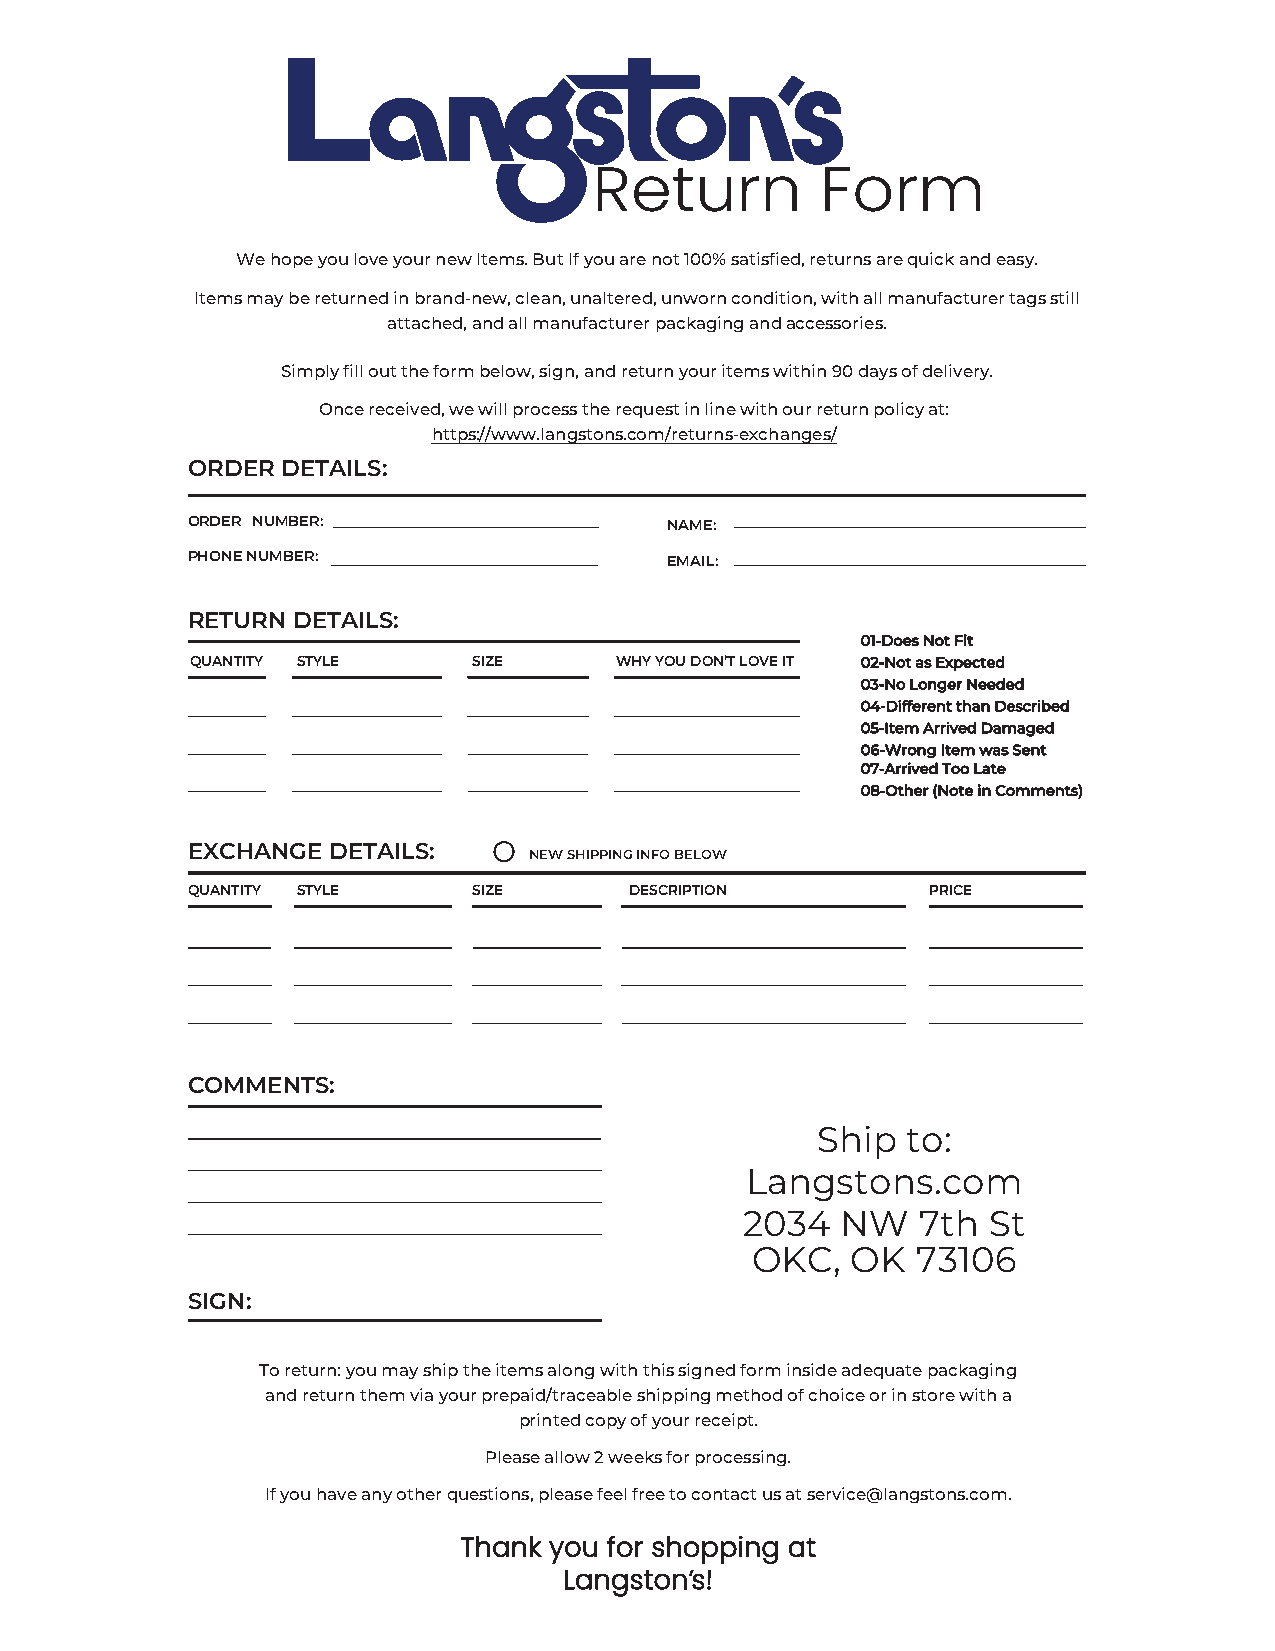
Return         Form
 We hope you love your new Items. But If you are not 100% satisfied, returns are quick and easy.
 Items may be returned in brand-new, clean, unaltered, unworn condition, with all manufacturer tags still
 attached, and all manufacturer packaging and accessories.
 Simply fill out the form below, sign, and return your items within 90 days of delivery.
 Once received, we will process the request in line with our return policy at:
 https://www.langstons.com/returns-exchanges/
 ORDER  DETAILS:
 ORDER NUMBER:                   NAME:
 PHONE NUMBER:                   EMAIL:
 RETURN DETAILS:
 01-Does Not Fit
 QUANTITY STYLE    SIZE      WHY YOU DON’T LOVE IT 02-Not as Expected
 03-No Longer Needed
 04-Different than Described
 05-Item Arrived Damaged
 06-Wrong Item was Sent
 07-Arrived Too Late
 08-Other (Note in Comments)
 EXCHANGE  DETAILS:
 NEW SHIPPING INFO BELOW
 QUANTITY STYLE     SIZE       DESCRIPTION        PRICE
 COMMENTS:
 Ship  to:
 Langstons.com
 2034   NW   7th St
 OKC,  OK   73106
 SIGN:
 To return: you may ship the items along with this signed form inside adequate packaging
 and return them via your prepaid/traceable shipping method of choice or in store with a
 printed copy of your receipt.
 Please allow 2 weeks for processing.
 If you have any other questions, please feel free to contact us at service@langstons.com.
 Thank you for shopping at
 Langston’s!